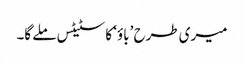
میری طرح ’باؤ‘ کا سٹیٹس ملے گا۔